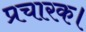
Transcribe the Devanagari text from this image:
प्रचारक।